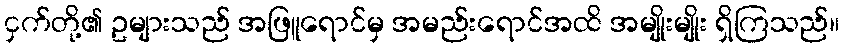
ငှက်တို့၏ ဥများသည် အဖြူရောင်မှ အမည်းရောင်အထိ အမျိုးမျိုး ရှိကြသည်။